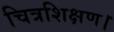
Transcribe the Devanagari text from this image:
चित्रशिक्षण।